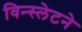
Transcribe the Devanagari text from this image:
विन्स्लेटने